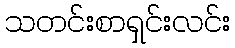
သတင်းစာရှင်းလင်း